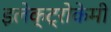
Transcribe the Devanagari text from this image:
इलेक्ट्रोकेमी